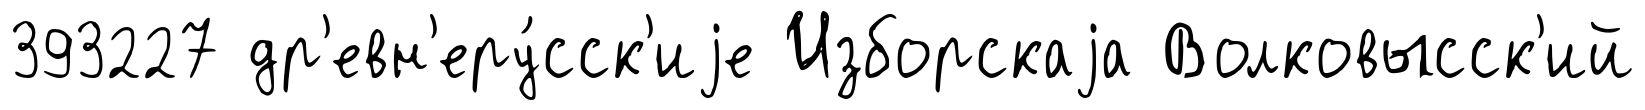
393227 др'евн'еру́сск'иjе Изборскаjа Волковысск'ий